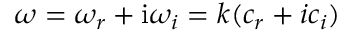
\omega = \omega _ { r } + \mathrm { i } \omega _ { i } = k ( c _ { r } + i c _ { i } )